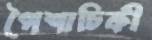
পৈশাচিকী